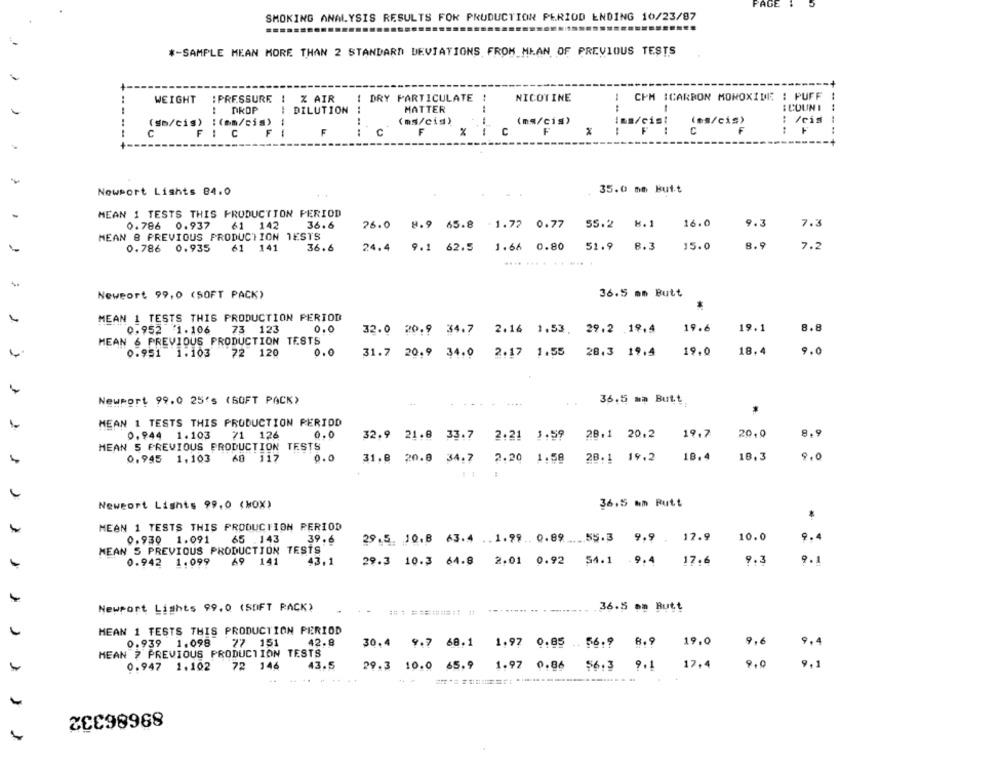
PAGE
SMOKING ANALYSIS RESULTS FOK PRUDUCTION PERIOD ENDING 10/23/87
#-SAMPLE MEAN MORE THAN 2 STANDARD DEVIATIONS FROM MIAN OF PREVIOUS TESTS
WEIGHT
:PRESSURE
% AIR
DRY PARTICULATE !
NICOTINE
CPM ICARBON MONOXIDE : PUFF
MATTER
I COUN I
DROP
DILUTION
---
(ms/cis)
-
(ms/cis)
Ina/cis!
: /cis
(so/cis) :(mm/cis)
C
F
(os/ cis )
C
FIC
F
.. .. ..
Newport Lights 84.0
35.0 mm Butt
MEAN 1 TESTS THIS PRODUCTION PERIOD
26.0 8.9 65.8 - 1.72 0.77
55.2
8.1
16.0
9.3
7.3
0.786
0.937
61
142
36.6
MEAN 8 PREVIOUS PRODUCTION TESTS
61
24.4
1.66 0.80
51.9
8.3
15.0
8.9
7.2
0.786
0.935
141
36.6
9.1 62.5
36.5 mn Butt
Newport 99,0 (SOFT PACK)
MEAN 1 TESTS THIS PRODUCTION PERIOD
0.952 1.106
73 123
0.0
32.0 20.9 34.7 2.16 1.53. 29.2 .19,4
19.6
19.1
8.8
MEAN 6 PREVIOUS PRODUCTION TESTS
0.951 1.103
72 120
0.0
31.7 20.9 34.0
2.17 1.55
28.3 19.4
19.0
18.4
9.0
Newport 99.0 25's (SOFT PACK)
36.5 mm Butt
MEAN 1 TESTS THIS PRODUCTION PERIOD
0.944 1.103
71 126
0.0
32.9 21.8 33.7
2.21 1:59
28.1 20.2
19.7
20.0
8.9
MEAN 5 PREVIOUS PRODUCTION TESTS
0.945 1.103 68 117
0.0
31.8 20.0 34.7
2.20 1:58
28.1 19.2
18.4
18.3
9.0
Newport Lights 99,0 (NOX)
36,5 mm Rutt
*
MEAN 1 TESTS THIS PRODUCTION PERIOD
29.5.10.8 63.4 .. 1.99 .. 0.89 .... 55.3 9,9 .
17.9
10.0
9.4
0.930 1.091
65 . 143
39.6
MEAN 5 PREVIOUS PRODUCTION TESTS
69 141
29.3 10.3 64.8 2.01 0.92 54.1 -9.4
17.6
9.3
9.1
0.942
1.099
43,1
Newport Lights 99.0 (SOFT RACK)
36.5 om Butt
==========
MEAN 1 TESTS THIS PRODUCTION PERIOD
0.939 1.098
77 151
42.8
30.4 9.7 68.1 1.92 0.85
1.97 0.85 56.9 8.9
19.0
9.6
9.4
MEAN 7 PREVIOUS PRODUCTION TESTS
0.947 1.102
72 146
43.5
29.3 10.0 65.9 1.97 0.86
56.3
9.1
17.4
9.0
9,1
89686332